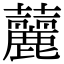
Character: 䕻